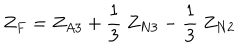
Z _ { F } = Z _ { A 3 } + { \frac { 1 } { 3 } } ~ Z _ { N 3 } - { \frac { 1 } { 3 } } ~ Z _ { N 2 }